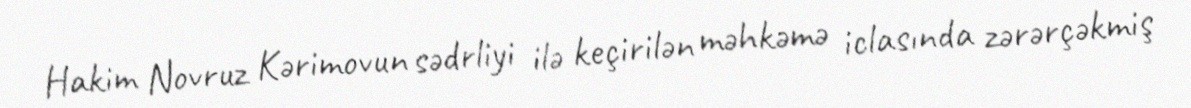
Hakim Novruz Kərimovun sədrliyi ilə keçirilən məhkəmə iclasında zərərçəkmiş